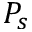
P _ { s }